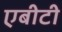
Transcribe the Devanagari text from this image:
एबीटी